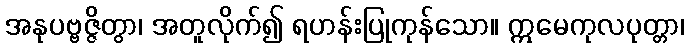
အနုပဗ္ဗဇ္ဇိတွာ၊ အတူလိုက်၍ ရဟန်းပြုကုန်သော။ ဣမေကုလပုတ္တာ၊